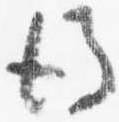
後